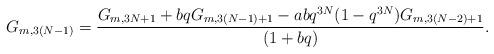
LaTeX: \begin{align*} G_{m,3(N-1)} =\frac{ G_{m,3N+1} + bqG_{m,3(N-1)+1} - abq^{3N}(1-q^{3N})G_{m,3(N-2)+1}}{(1+bq)}.\end{align*}